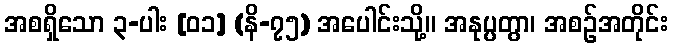
အစရှိသော ၃-ပါး [၀၁] (နိ-၇၅) အပေါင်းသို့။ အနုပ္ပတွာ၊ အစဉ်အတိုင်း